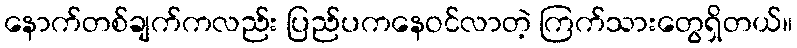
နောက်တစ်ချက်ကလည်း ပြည်ပကနေဝင်လာတဲ့ ကြက်သားတွေရှိတယ်။